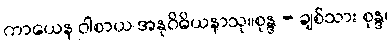
ကာယေန ဝါစာယ အနုဝိဓိယနာသု။စုန္ဒ - ချစ်သား စုန္ဒ၊